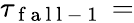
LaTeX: \tau_{\mathrm{~f~a~l~l~-~1~}}=